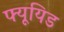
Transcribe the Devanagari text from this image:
फ्यूयिड